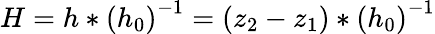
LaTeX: H=h*\left(h_{0}\right)^{-1}=\left(z_{2}-z_{1}\right)*\left(h_{0}\right)^{-1}